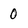
Character: 0